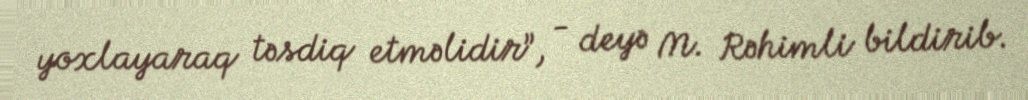
yoxlayaraq təsdiq etməlidir”, - deyə M. Rəhimli bildirib.